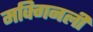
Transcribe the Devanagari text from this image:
मक्गिनली